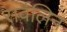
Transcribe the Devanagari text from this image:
सर्वलिन